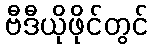
ဗီဒီယိုဖိုင်တွင်